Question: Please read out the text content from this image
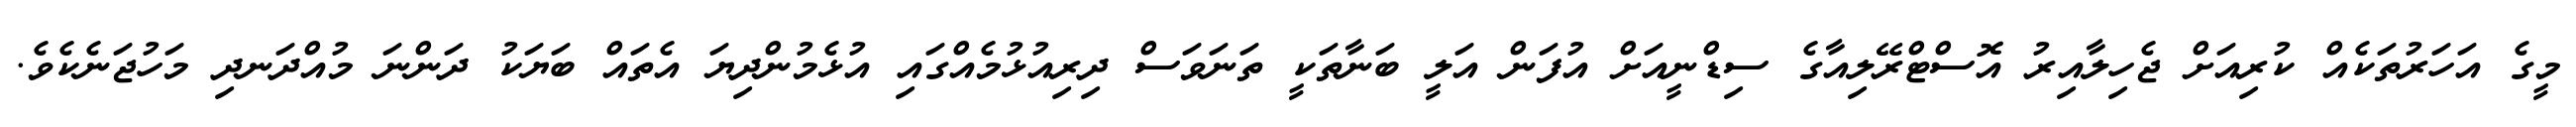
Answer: މީގެ އަހަރުތަކެއް ކުރިއަށް ޖެހިލާއިރު އޮސްޓްރޭލިއާގެ ސިޑްނީއަށް އުފަން އަލީ ބަނާތަކީ ތަނަވަސް ދިރިއުޅުމެއްގައި އުޅެމުންދިޔަ އެތައް ބަޔަކު ދަންނަ މުއްދަނދި މަހުޖަނެކެވެ.